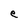
Character: e